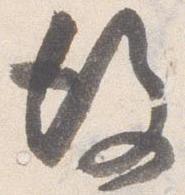
後